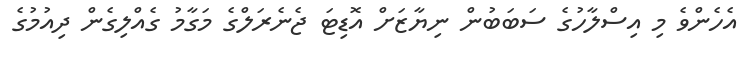
އެހެންވެ މި އިސްލާހުގެ ސަބަބުން ނިޔާޒަށް އޮޑިޓަ ޖެނެރަލްގެ މަގާމު ގެއްލިގެން ދިއުމުގެ